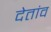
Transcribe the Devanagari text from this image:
देतांव